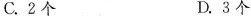
C.2 D.3个